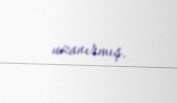
uzanırmış.